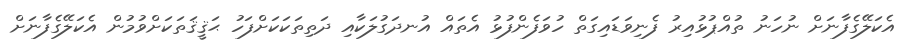
އެކަލޭގެފާނަށް ނުހަނު ތުއްޕުޅުއިރު ފެނިވަޑައިގަތް ހުވަފެންފުޅު އެތައް އުނދަގުލަކާއި ދަތިތަކަކަށްފަހު ޙަޤީޤަތަކަށްވުމުން އެކަލޭގެފާނަށް